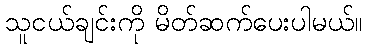
သူငယ်ချင်းကို မိတ်ဆက်ပေးပါမယ်။